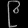
Digit: ၉